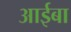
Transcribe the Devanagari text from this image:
आईबा